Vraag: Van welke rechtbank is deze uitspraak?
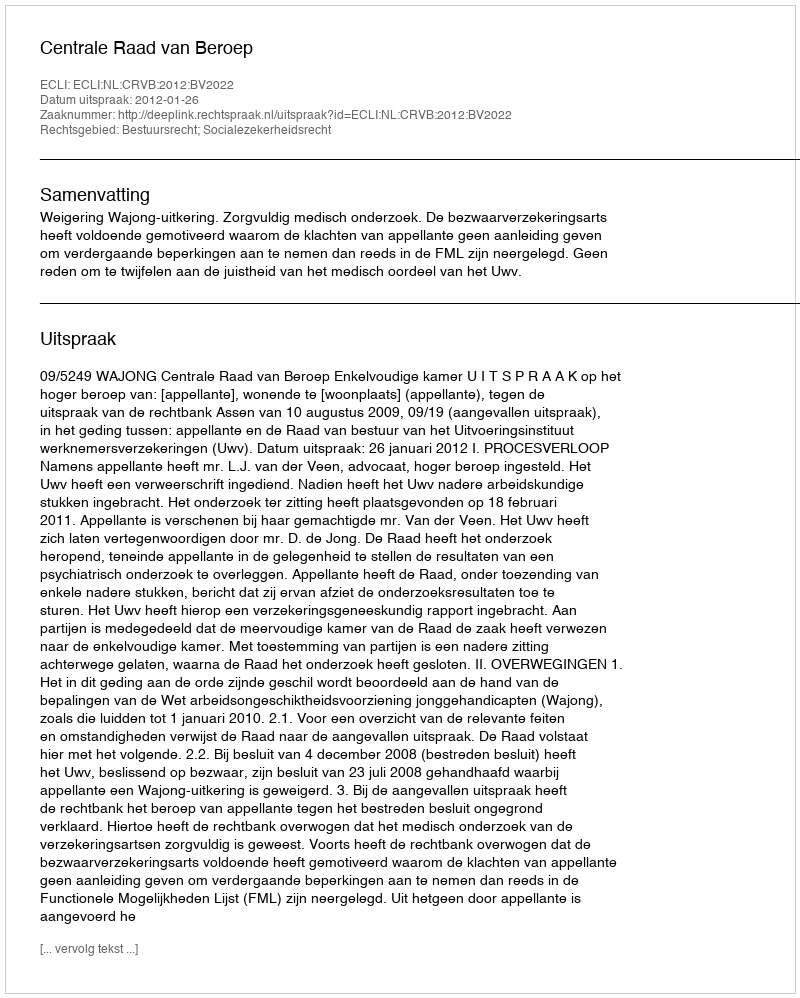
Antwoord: Centrale Raad van Beroep